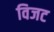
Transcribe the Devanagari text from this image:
विजट